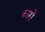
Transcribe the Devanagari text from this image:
कारोँ